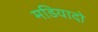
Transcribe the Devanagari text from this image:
मडियादो